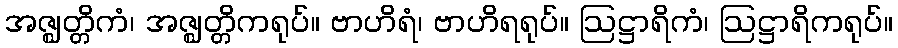
အဇ္ဈတ္တိကံ၊ အဇ္ဈတ္တိကရုပ်။ ဗာဟိရံ၊ ဗာဟိရရုပ်။ ဩဋ္ဌာရိကံ၊ ဩဋ္ဌာရိကရုပ်။